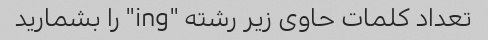
تعداد کلمات حاوی زیر رشته "ing" را بشمارید